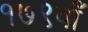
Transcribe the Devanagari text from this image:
१७९वाँ